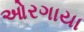
ઓરગાયા